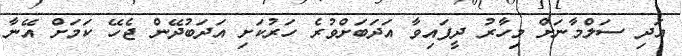
އަދި ސަލްމާނަށް މިހާރު ދީފައިވާ އަދަބަށްވުރެ ހަރުކަށި އަދަބުދޭން ޖެހޭ ކަމަށް އޭނާ